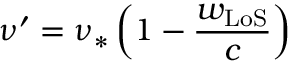
\nu ^ { \prime } = \nu _ { \ast } \left( 1 - \frac { w _ { \mathrm { L o S } } } { c } \right)